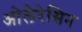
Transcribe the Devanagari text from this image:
ओलेरेसिन